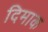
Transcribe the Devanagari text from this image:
दिमाक